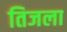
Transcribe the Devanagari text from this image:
तिजला